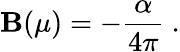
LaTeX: \mathbf{B}(\mu)=-\frac{{\alpha}}{{4\pi}}\ .